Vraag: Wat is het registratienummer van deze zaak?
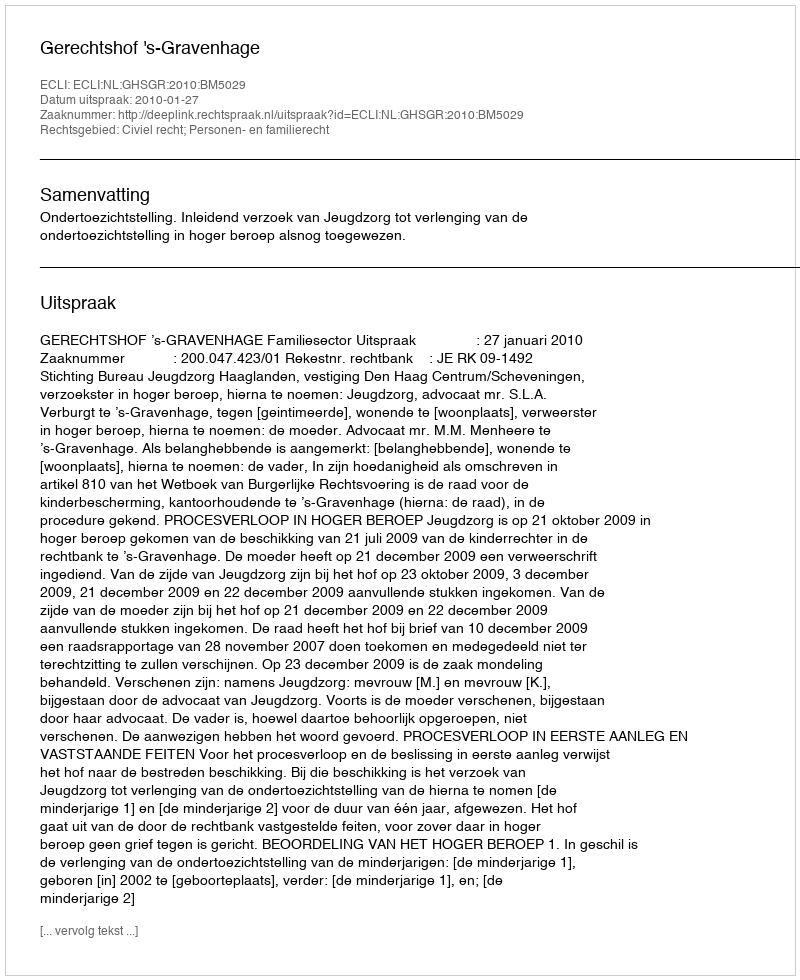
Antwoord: http://deeplink.rechtspraak.nl/uitspraak?id=ECLI:NL:GHSGR:2010:BM5029